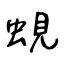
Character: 蜆